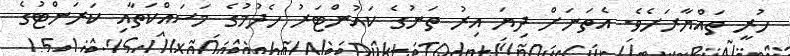
ހުރީ ތައްޔާރަށެވެ. އެތަނަށް ދިޔަ އިރު ތަނުގެ ކައުންޓަރު ހެދުމުގެ މަސައްކަތާއި ކަރަންޓުގެ